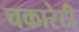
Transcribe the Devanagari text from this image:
चकारेटी